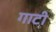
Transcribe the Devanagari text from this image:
गाटी